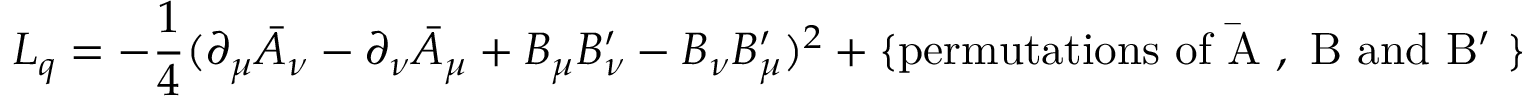
{ \cal L } _ { \sc q } = - \frac { 1 } { 4 } ( \partial _ { \mu } \bar { A } _ { \nu } - \partial _ { \nu } \bar { A } _ { \mu } + B _ { \mu } B _ { \nu } ^ { \prime } - B _ { \nu } B _ { \mu } ^ { \prime } ) ^ { 2 } + \{ \mathrm { p e r m u t a t i o n s ~ o f ~ \bar { A } ~ , ~ B ~ a n d ~ B ^ { \prime } ~ } \}